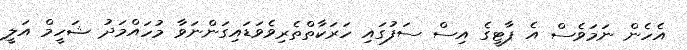
އެހެން ނަމަވެސް އެ ޕާޓީގެ އިސް ސަފުގައި ހަރަކާތްތެރިވެވަޑައިގަންނަވާ މުހައްމަދު ޝަހީމް އަލީ